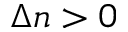
\Delta n > 0